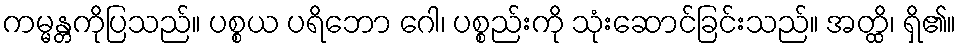
ကမ္မန္တကိုပြသည်။ ပစ္စယ ပရိဘော ဂေါ၊ ပစ္စည်းကို သုံးဆောင်ခြင်းသည်။ အတ္ထိ၊ ရှိ၏။